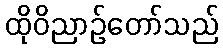
ထိုဝိညာဉ်တော်သည်